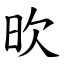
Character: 欥